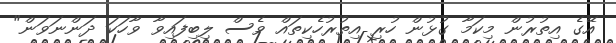
އޭގެ އިތުރުން މިކަމާ ގުޅުން ހުރި އިތުރުހެކިތައް ވެސް ލިބިފައިވާ ވާހަކަ ދަންނަވަން"